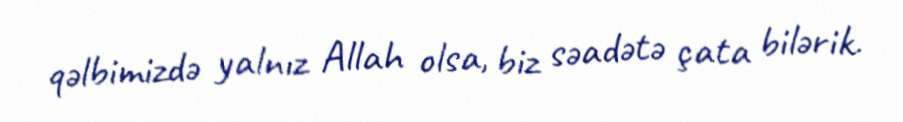
qəlbimizdə yalnız Allah olsa, biz səadətə çata bilərik.